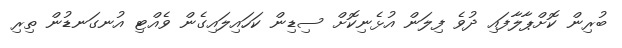
ބުރިން ކޮށްޕާލާފައި ދުވެ ފިލަން އުޅެނިކޮށް ސިޑިން ކަހައިލައިގެން ވެއްޓި އުނގަނޑުން ތިރި